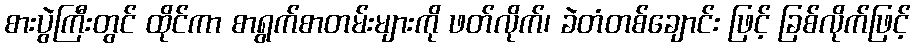
စားပွဲကြီးတွင် ထိုင်ကာ စာရွက်စာတမ်းများကို ဖတ်လိုက်၊ ခဲတံတစ်ချောင်း ဖြင့် ခြစ်လိုက်ဖြင့်